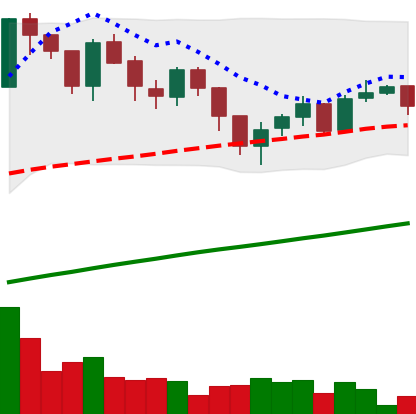
Ticker: LTC-USD
Chart end date: 2017-07-23
Forward return: -7.811%
Label: down_7plus